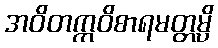
အဝိတက္ကဝိစာရမတ္တမ္ပိ